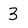
Character: 3